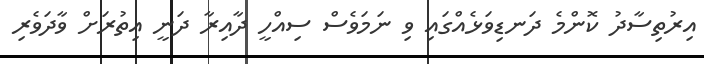
އިރުތިސާދު ކޮންމެ ދަނޑިވަޅެއްގައި ވި ނަމަވެސް ސިއްހީ ދާއިރާ ދަނީ އިތުރަށް ވާދަވެރި